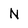
Character: N